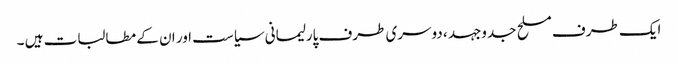
ایک طرف مسلح جدوجہد ، دوسری طرف پارلیمانی سیاست اور ان کے مطالبات ہیں ۔